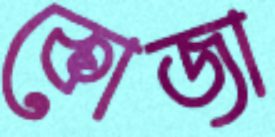
কোজা